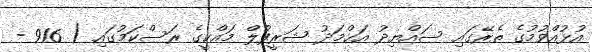
އުޅުއްވުމުގެ ތެރޭގައި ސައްޔިދު އަޙްމަދު ޝަރީފުލް މައްކީގެ ރަސްކަމުގައި ( 916 -